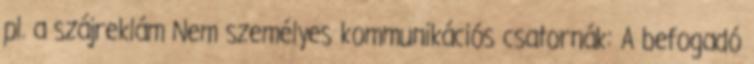
pl. a szájreklám Nem személyes kommunikációs csatornák: A befogadó